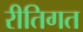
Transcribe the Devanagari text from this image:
रीतिगत